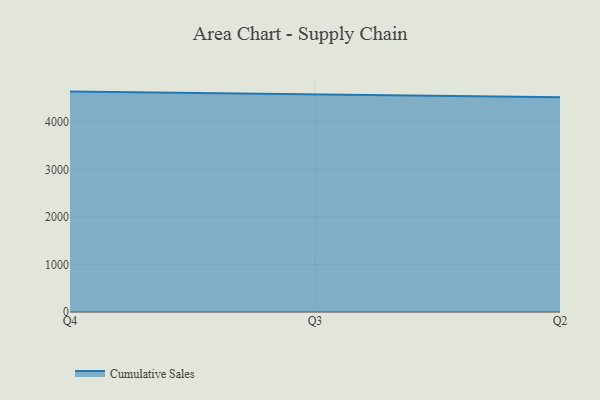
{"axis": {"x": "Quarter", "y": "Inventory Turnover"}, "legend": ["Cumulative Sales"], "data": [{"x": "Q4", "y": 4637.5, "type": "Cumulative Sales"}, {"x": "Q3", "y": 4578.3, "type": "Cumulative Sales"}, {"x": "Q2", "y": 4519.5, "type": "Cumulative Sales"}]}